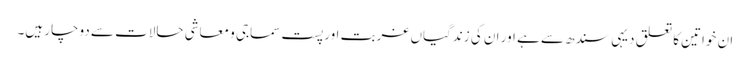
ان خواتین کا تعلق دیہی سندھ سے ہے اور ان کی زندگیاں غربت اور پست سماجی و معاشی حالات سے دوچار ہیں۔